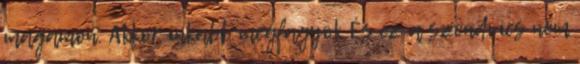
magamon. Akkor inkább megfagyok És ez a szendvics nem